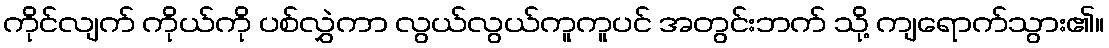
ကိုင်လျက် ကိုယ်ကို ပစ်လွှဲကာ လွယ်လွယ်ကူကူပင် အတွင်းဘက် သို့ ကျရောက်သွား၏။